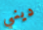
ديني